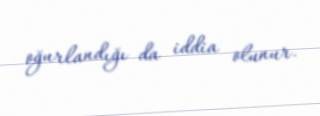
oğurlandığı da iddia olunur.